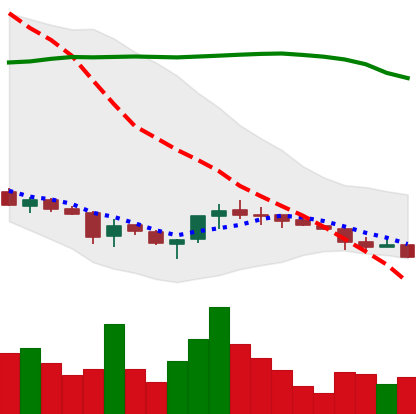
Ticker: ETC-USD
Chart end date: 2018-03-29
Forward return: 3.327%
Label: up_3_5